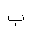
Letter: _ba